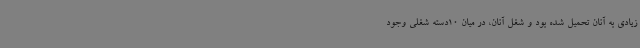
زیادی به آنان تحمیل شده بود و شغل آنان، در میان 10دسته شغلی وجود